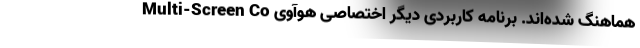
هماهنگ شده‌اند. برنامه کاربردی دیگر اختصاصی هوآوی Multi-Screen Co